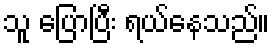
သူ ပြောပြီး ရယ်နေသည်။